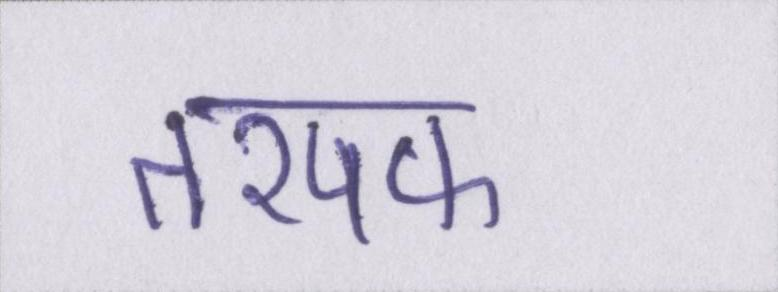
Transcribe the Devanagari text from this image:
तरपफ